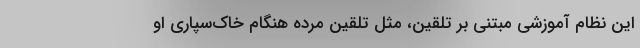
این نظام آموزشی مبتنی بر تلقین، مثل تلقین مرده هنگام خاک‌سپاری او